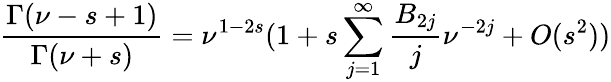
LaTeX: \frac{\Gamma(\nu-s+1)}{\Gamma(\nu+s)}=\nu^{1-2s}(1+s\sum_{j=1}^{\infty}\frac{B_{2j}}{j}\nu^{-2j}+O(s^{2}))